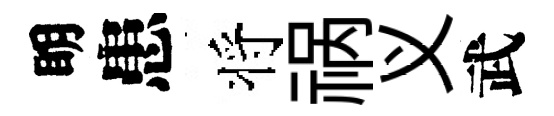
眀患将祸义武